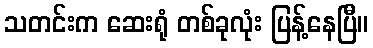
သတင်းက ဆေးရုံ တစ်ခုလုံး ပြန့်နေပြီ။